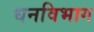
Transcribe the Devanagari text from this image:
धनविभाग